Annual report of the Punjab Veterinary College and of the Civil Veterinary Department, Punjab - 1909-1919
Year: 1909
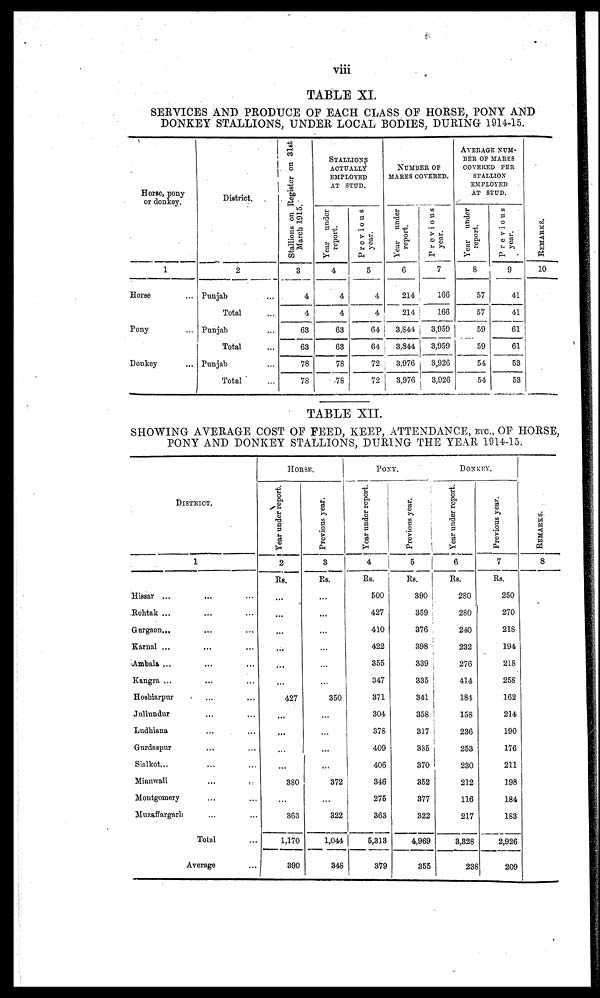
viii
TABLE XI.
SERVICES AND PRODUCE OF EACH CLASS OF HORSE, PONY AND
DONKEY STALLIONS, UNDER LOCAL BODIES, DURING 1914-15.
Horse, pony
or donkey.
1
Horse ...
Pony ...
Donkey ...
District.
2
Punjab ...
Total ...
Punjab ...
Total ...
Punjab ...
Total ...
Stallions on Register on 31st
March 1915.
3
4
4
63
63
78
78
STALLIONS
ACTUALLY
EMPLOYED
AT STUD.
Year under
report.
4
4
4
63
63
78
78
Previous
year.
5
4
4
64
64
72
72
NUMBER OF
MARES COVERED.
Year under
report.
6
214
214
3,844
3,844
3,976
3,976
Previous
year.
7
166
166
3,959
3,959
3,926
3,926
AVERAGE NUM-
BER OF MARES
COVERED PER
STALLION
EMPLOYED
AT STUD.
Year under
report.
8
57
57
59
59
54
54
Previous
year.
9
41
41
61
61
53
53
RE MARKS .
10
TABLE XII.
SHOWING AVERAGE COST OF FEED, KEEP, ATTENDANCE, ETC., OF HORSE,
PONY AND DONKEY STALLIONS, DURING THE YEAR 1914-15.
DISTRICT.
1
Hissar ... ... ... ...
Rohtak ... ... ...
Gurgaon... ... ...
Karnal ... ... ...
Ambala ... ... ...
Kangra ... ... ...
Hoshiarpur ... ...
Jullundur ... ...
Ludhiana ... ...
Gurdaspur ... ...
Sialkot... ... ...
Mianwali
...
...
Montgomery ... ...
Muzaffargarh ... ...
Total ...
Average ...
HORSE.
Year under report.
2
Rs.
...
...
...
...
...
...
427
...
...
...
...
380
...
363
1,170
390
Previous year.
3
Rs.
...
...
...
...
...
...
350
...
...
...
...
372
...
322
1,044
348
PONY.
Year under report.
4
Rs.
500
427
410
422
355
347
371
304
378
409
406
346
275
363
5,313
379
Previous year.
5
Rs.
390
359
376
398
339
335
341
358
317
335
370
352
377
322
4,969
355
DONKEY.
Year under report.
6
Rs.
280
280
240
232
276
414
184
158
236
253
230
212
116
217
3,828
238
Previous year.
7
Rs.
250
270
218
194
218
258
162
214
190
176
211
198
184
183
2,926
209
REMARKS.
8